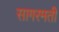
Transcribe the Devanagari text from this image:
सागरमती